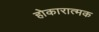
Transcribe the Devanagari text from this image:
होकारात्मक